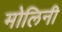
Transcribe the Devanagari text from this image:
मोलिनी